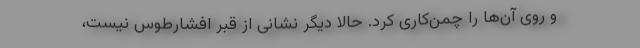
و روی آن‌ها را چمن‌کاری کرد. حالا دیگر نشانی از قبر افشارطوس نیست،